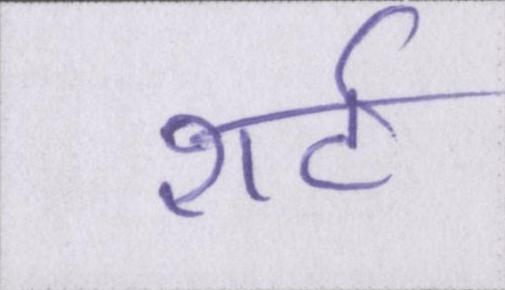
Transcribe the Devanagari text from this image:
शर्ट